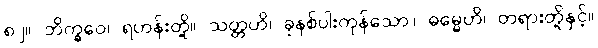
၈၂။ ဘိက္ခဝေ၊ ရဟန်းတို့။ သတ္တဟိ၊ ခုနစ်ပါးကုန်သော။ ဓမ္မေဟိ၊ တရားတို့နှင့်။